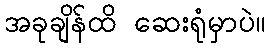
အခုချိန်ထိ ဆေးရုံမှာပဲ။